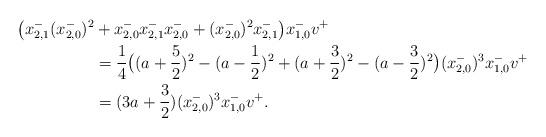
LaTeX: \begin{align*}\big(x_{2,1}^{-}(x_{2,0}^{-})^2&+x_{2,0}^{-}x_{2,1}^{-}x_{2,0}^{-}+(x_{2,0}^{-})^2 x_{2,1}^{-}\big)x_{1,0}^{-}v^{+}\\&=\frac{1}{4}\big((a+\frac{5}{2})^2-(a-\frac{1}{2})^2+(a+\frac{3}{2})^2-(a-\frac{3}{2})^2\big)(x_{2,0}^{-})^3 x_{1,0}^{-}v^{+}\\&=(3a+\frac{3}{2})(x_{2,0}^{-})^3x_{1,0}^{-}v^{+}.\end{align*}